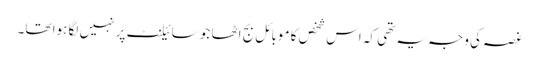
غصہ کی وجہ یہ تھی کہ اس شخص کا موبائل بج اٹھا جو سائیلنٹ پر نہیں لگا ہوا تھا۔